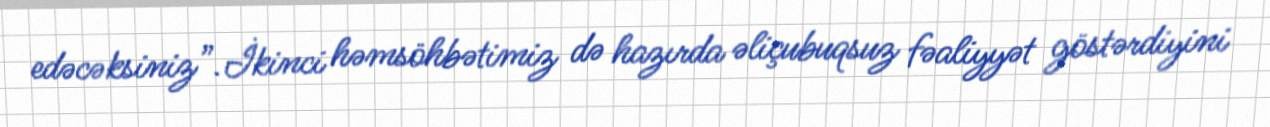
edəcəksiniz”.İkinci həmsöhbətimiz də hazırda əliçubuqsuz fəaliyyət göstərdiyini